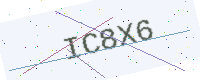
Text: IC8X6